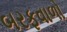
બરફવાળો